Vaccination North-Western Provinces and Oudh 1878-1895 - 1878-1895
Year: 1878
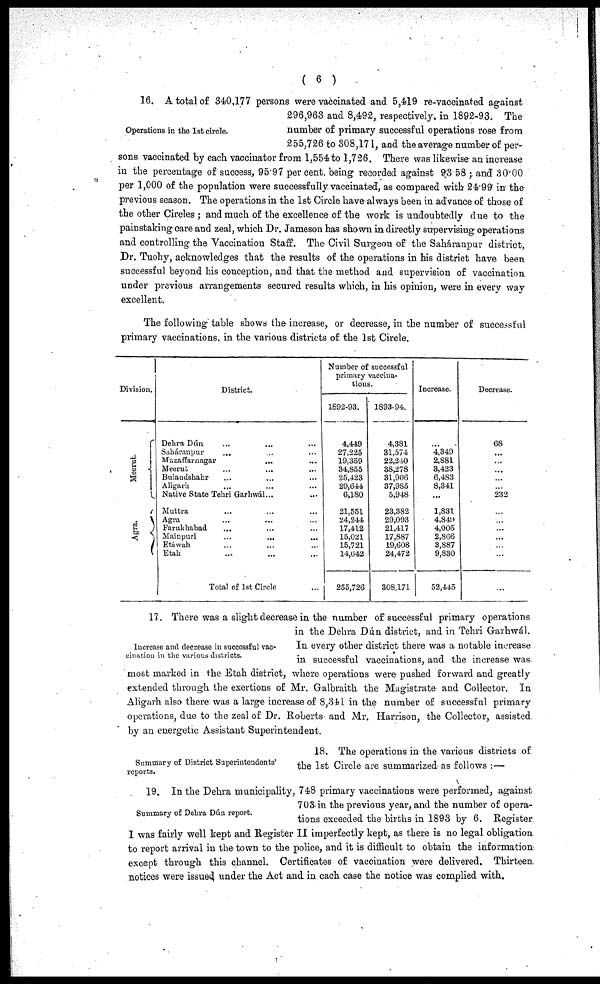
( 6 )
Operations in the 1st circle.
16. A total of 340,177 persons were vaccinated and 5,419 re-vaccinated against
296,963 and 8,492, respectively, in 1892-93. The
number of primary successful operations rose from
255,726 to 308,171, and the average number of per-
sons vaccinated by each vaccinator from 1,554 to 1,726. There was likewise an increase
in the percentage of success, 95.97 per cent. being recorded against 93.58; and 30.00
per 1,000 of the population were successfully, vaccinated, as compared with 24.99 in the
previous season. The operations in the 1st Circle have always been in advance of those of
the other Circles; and much of the excellence of the work is undoubtedly due to the
painstaking care and zeal, which Dr. Jameson has shown in directly supervising operations
and controlling the Vaccination Staff. The Civil Surgeon of the Saháranpur district,
Dr. Tuohy, acknowledges that the results of the operations in his district have been
successful beyond his conception, and that the method and supervision of vaccination
under previous arrangements secured results which, in his opinion, were in every way
excellent.
The following table shows the increase, or decrease, in the number of successful
primary vaccinations. in the various districts of the 1st Circle.
Division.
Meerut.
Agra.
District.
Dehra Dún ... ... ...
Saháranpur ... ... ...
Muzaffarnagar ... ... ...
Meerut... ... ...
Bulandshahr... ... ...
Aligarh... ... ...
Native State Tehri Garhwál ...
Muttra ... ... ...
Agra ... ... ...
Farukhabad ... ... ...
Mainpuri
...
...
...
Etúwah ... ... ...
Etab. ... ... ...
Total of 1st Circle ...
Number of successful
primary vaccina-
tions.
1892-93.
4,449
27,225
19,359
34,855
25,423
29,644
6,180
21,551
24,244
17,412
15,021
15,721
14,642
255,726
1893-94.
4,3S1
31,574
22,240
88,278
31,906
37,985
5,948
23,382
29,093
21,417
17,887
19,608
24,472
308,171
Increase.
'4,349
2,881
3,423
6,483
8,341
...
1,831
4,849
4,005
2,866
3,887
9,830
52,445
Decrease.
68
...
...
...
...
...
232
...
...
...
...
...
...
...
Increase and decrease in successful vac-
cination in the various districts.
17. There was a slight decrease in the number of successful primary operations
in the Dehra Dún dìstrict, and in Tehri Garhwál.
In every other district there was a notable increase
in successful vaccinations, and the increase was
most marked in the Etah district, where operations were pushed forward and greatly
extended through the exertions of Mr. Galbraith the Magistrate and Collector. In
Aligarh also there was a large increase of 8,341 in the number of successful primary
operations, due to the zeal of Dr. Roberts and Mr. Harrison, the Collector, assisted
by an energetic Assistant Superintendent.
Summary of District Superintendents'
reports.
18. The operations in the various districts of
the 1st Circle are summarized as follows :—
Summary of Dehra Dún report.
19. In the Dehra municipality, 748 primary vaccinations were performed, against
703 in the previous year, and the number of opera-
tions exceeded the births in 1893 by 6. Register
I was fairly well kept and Register II imperfectly kept, as there is no legal obligation
to report arrival in the town to the police, and it is difficult to obtain the information
except through this channel. Certificates of vaccination were delivered. Thirteen
notices were issued under the Act and in each case the notice was complied with.